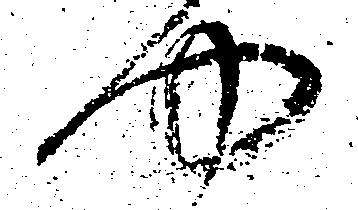
何